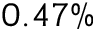
0 . 4 7 \%